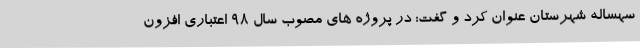
سهساله شهرستان عنوان کرد و گفت: در پروژه های مصوب سال 98 اعتباری افزون